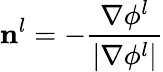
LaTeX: \mathbf{n}^{l}=-\frac{\nabla\phi^{l}}{|\nabla\phi^{l}|}